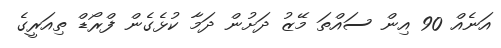
އަނެއް 90 އިން ސައްތަ މޭޒު ދަށުން ދަމާ ކުޅެގެން ފްރޯޑް ތިއަރީގެ